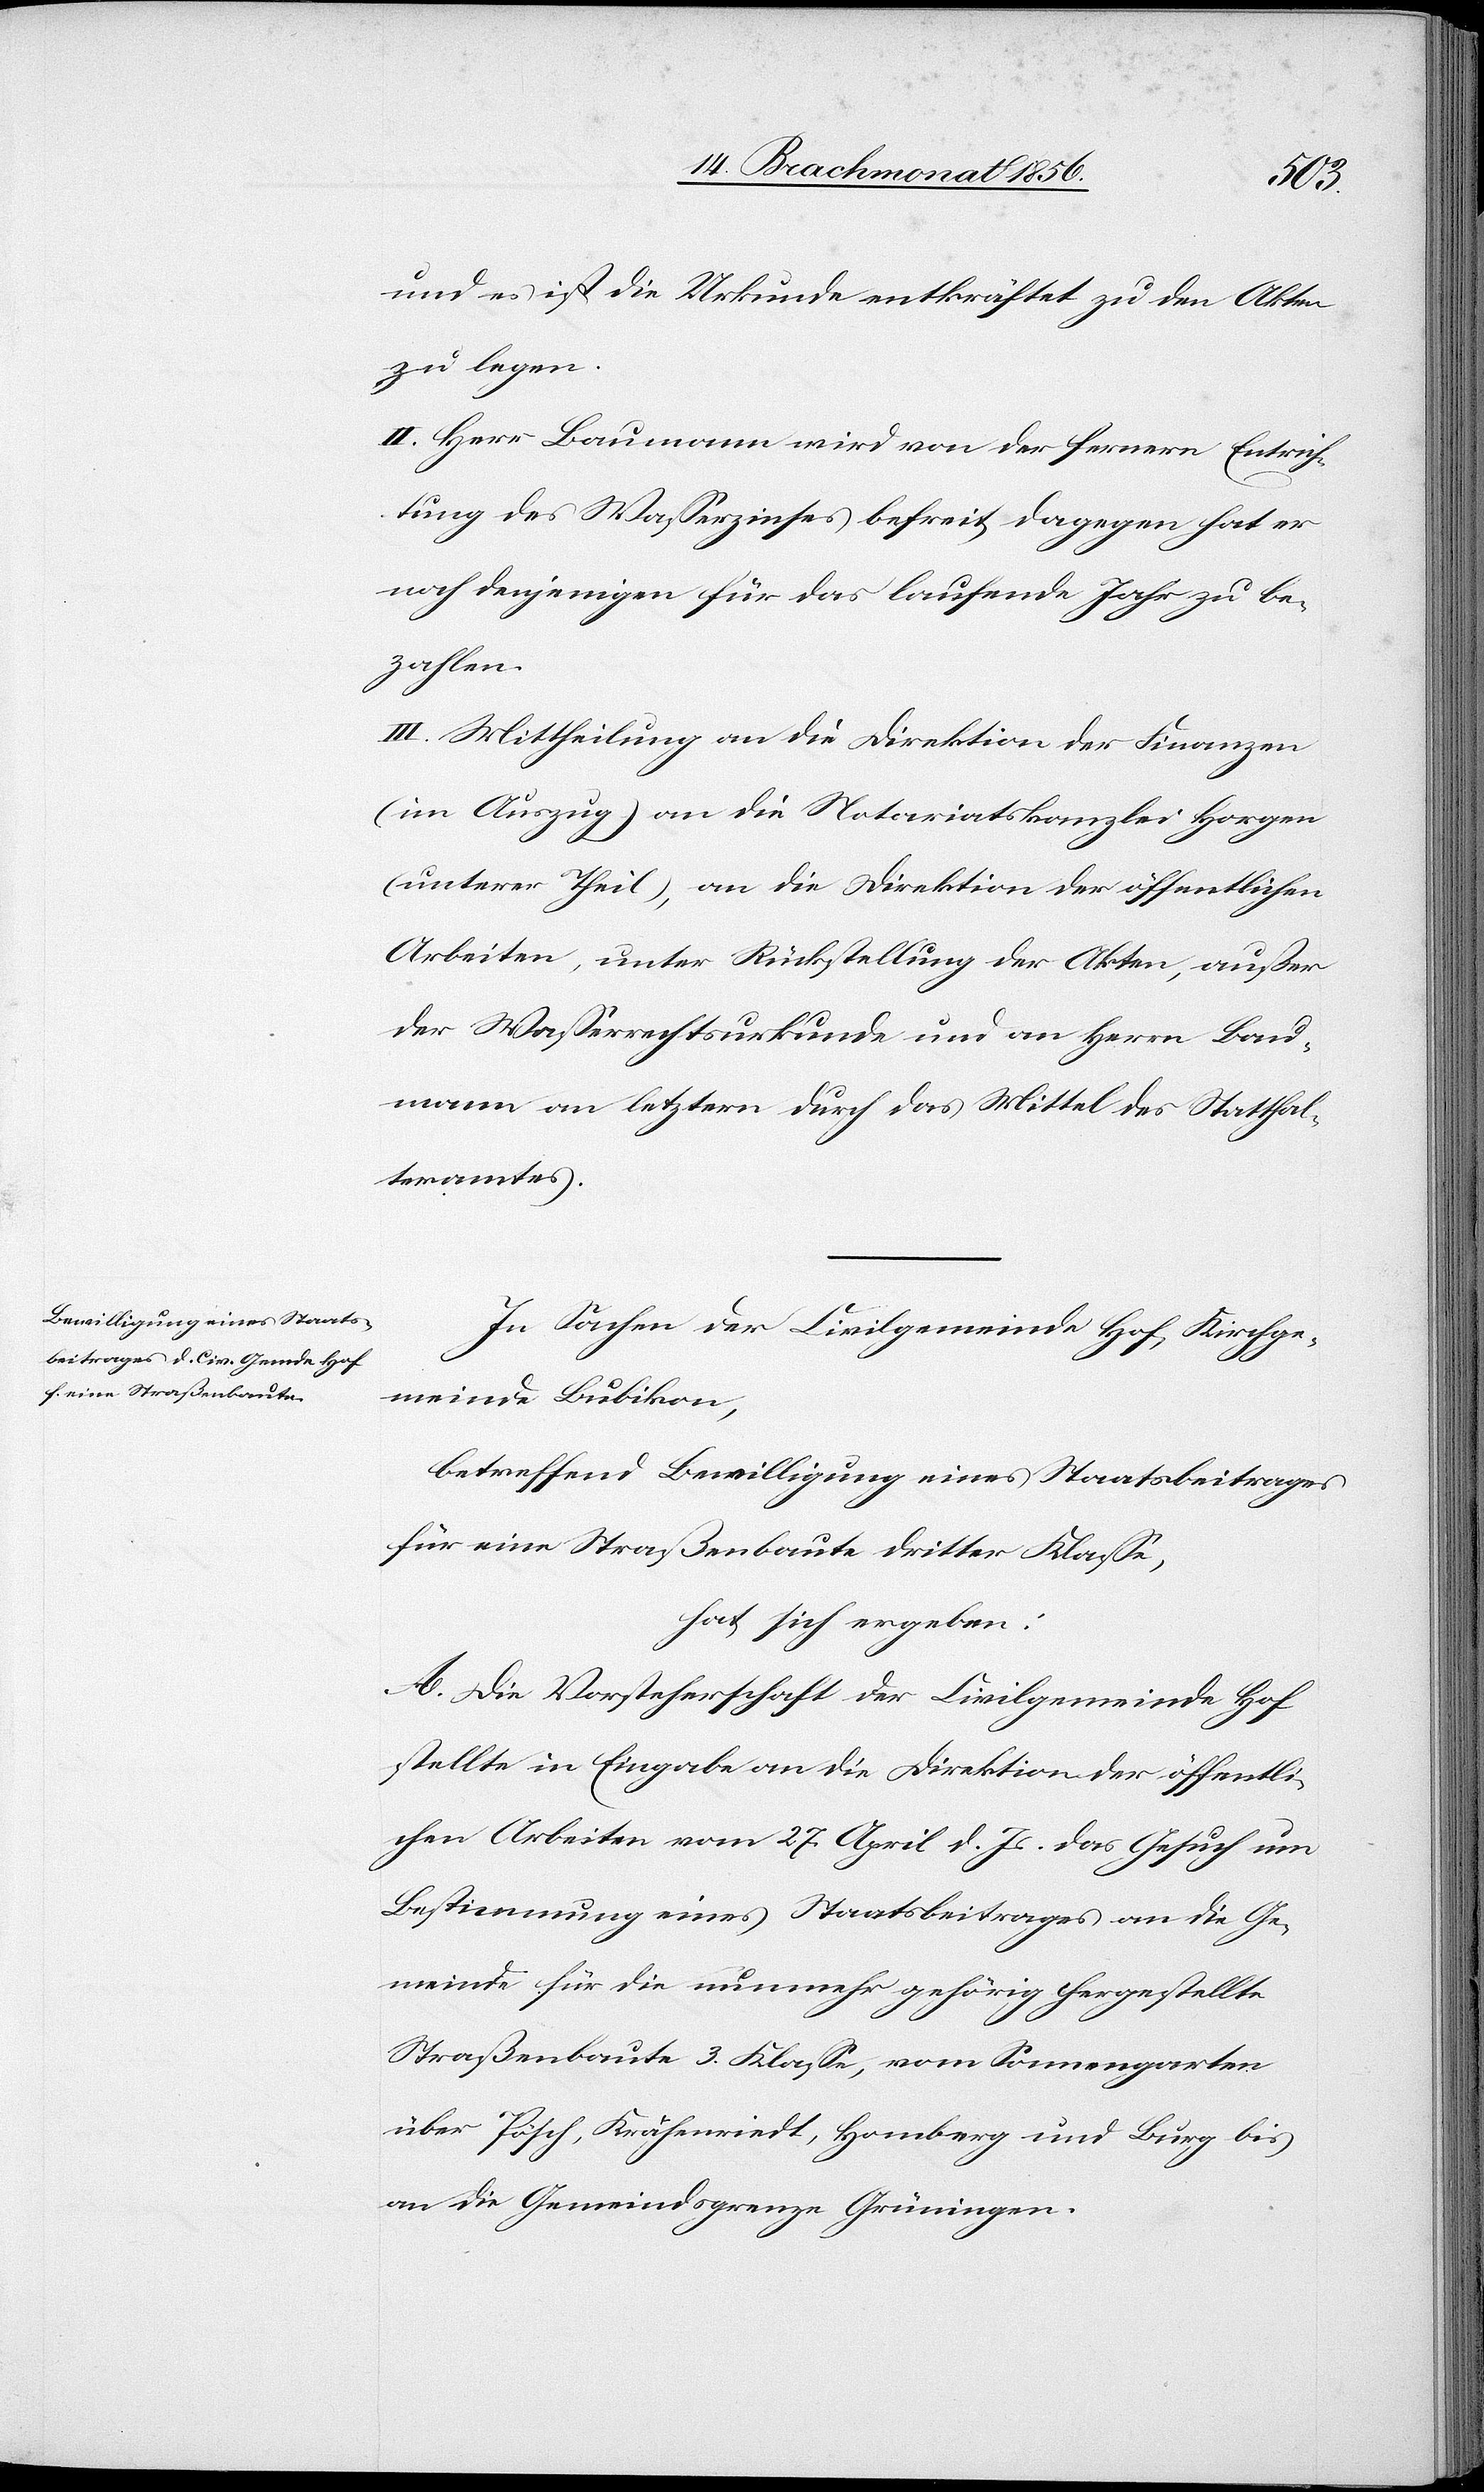
und es ist die Urkunde entkräftet zu den Akten
zu legen.
II. Herr Baumann wird von der fernern Entrich¬
tung des Wasserzinses befreit dagegen hat er
noch denjenigen für das laufende Jahr zu be¬
zahlen.
III. Mittheilung an die Direktion der Finanzen
(in Auszug) an die Notariatskanzlei Horgen
(unterer Theil), an die Direktion der öffentlichen
Arbeiten, unter Rückstellung der Akten, außer
der Wasserrechtsurkunde und an Herrn Bau¬
mann an letztern durch das Mittel des Statthal¬
teramtes.
In Sachen der Civilgemeinde Hof, Kirchge¬
meinde Bubikon,
betreffend Bewilligung eines Staatsbeitrages
für eine Straßenbaute dritter Klasse,
hat sich ergeben:
A. Die Vorsteherschaft der Civilgemeinde Hof
stellte in Eingabe an die Direktion der öffentli¬
chen Arbeiten vom 27. April d. Js. das Gesuch um
Bestimmung eines Staatsbeitrages an die Ge¬
meinde für die nunmehr gehörig hergestellte
Straßenbaute 3. Klasse, vom Sonnengarten
über Pösch, Krähenriedt, Homberg und Burg bis
an die Gemeindsgrenze Grüningen.